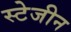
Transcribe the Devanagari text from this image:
स्टेजीन